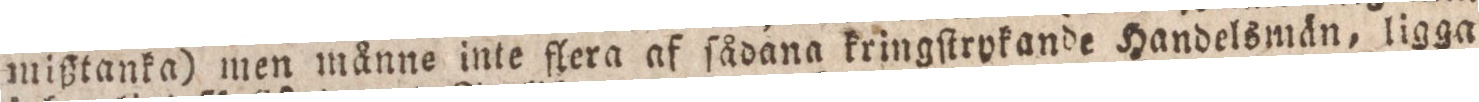
mißtanka) men månne inte flera af ſådana kringſtrykande Handelsmän, ligga